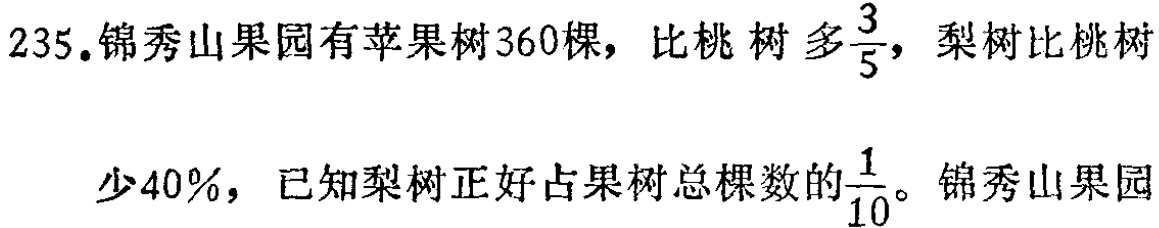
235.锦秀山果园有苹果树360棵，比桃树多$\frac{3}{5}$，梨树比桃树少40%，已知梨树正好占果树总棵数的$\frac{1}{10}$。锦秀山果园